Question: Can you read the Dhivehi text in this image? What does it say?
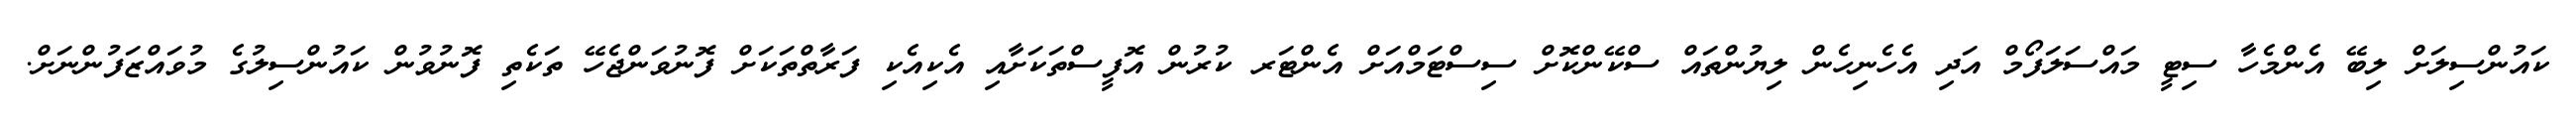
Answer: ކައުންސިލަށް ލިބޭ އެންމެހާ ސިޓީ މައްސަލަފޯމް އަދި އެހެނިހެން ލިޔުންތައް ސްކޭންކޮށް ސިސްޓަމްއަށް އެންޓަރ ކުރުން އޮފީސްތަކަށާއި އެކިއެކި ފަރާތްތަކަށް ފޮނުވަންޖެހޭ ތަކެތި ފޮނުވުން ކައުންސިލުގެ މުވައްޒަފުންނަށް.